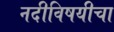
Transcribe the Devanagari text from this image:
नदीविषयीचा